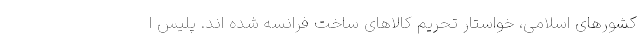
کشورهای اسلامی، خواستار تحریم کالاهای ساخت فرانسه شده اند. پلیس ا